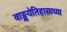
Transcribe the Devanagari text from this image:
वाङ्मयेतिहासाच्या